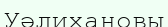
Уәлихановы